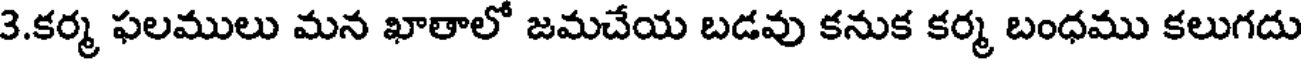
3.కర్మ ఫలములు మన ఖాతాలో జమచేయ బడవు కనుక కర్మ బంధము కలుగదు